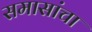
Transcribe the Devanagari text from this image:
समासांचा